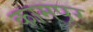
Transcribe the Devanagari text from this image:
कामपूर